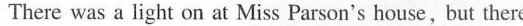
There was a light on at Miss Parson's house,but there